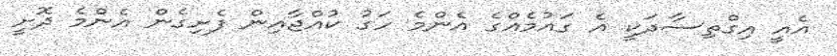
އެއީ އިގްތިސާދަކީ އެ ގައުމެއްގެ އެންމެ ހަގު ކުއްޖާއިން ފެށިގެން އެންމެ ދޮށީ